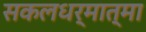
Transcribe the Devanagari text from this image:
सकलधर्मात्मा